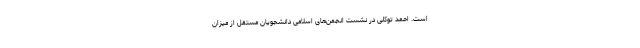
است. احمد توکلی در نشست انجمن‌های اسلامی دانشجویان مستقل از میزان